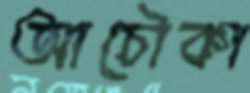
আচৌকা